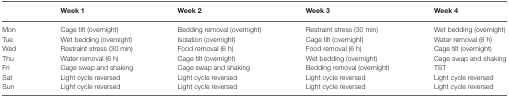
<table><thead><tr><td></td><td><b>Week 1</b></td><td><b>Week 2</b></td><td><b>Week 3</b></td><td><b>Week 4</b></td></tr></thead><tbody><tr><td>Mon</td><td>Cage tilt (overnight)</td><td>Bedding removal (overnight)</td><td>Restraint stress (30 min)</td><td>Wet bedding (overnight)</td></tr><tr><td>Tue</td><td>Wet bedding (overnight)</td><td>Isolation (overnight)</td><td>Cage tilt (overnight)</td><td>Water removal (6 h)</td></tr><tr><td>Wed</td><td>Restraint stress (30 min)</td><td>Food removal (6 h)</td><td>Food removal (6 h)</td><td>Cage tilt (overnight)</td></tr><tr><td>Thu</td><td>Water removal (6 h)</td><td>Cage tilt (overnight)</td><td>Wet bedding (overnight)</td><td>Cage swap and shaking</td></tr><tr><td>Fri</td><td>Cage swap and shaking</td><td>Cage swap and shaking</td><td>Bedding removal (overnight)</td><td>TST</td></tr><tr><td>Sat</td><td>Light cycle reversed</td><td>Light cycle reversed</td><td>Light cycle reversed</td><td>Light cycle reversed</td></tr><tr><td>Sun</td><td>Light cycle reversed</td><td>Light cycle reversed</td><td>Light cycle reversed</td><td>Light cycle reversed</td></tr></tbody></table>